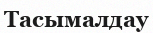
Тасымалдау